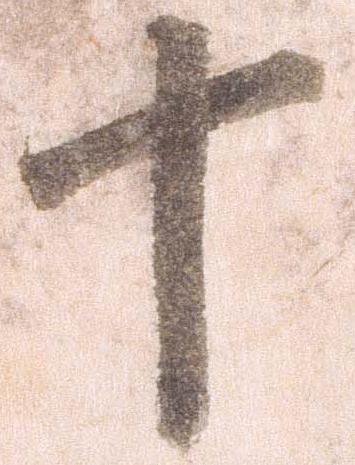
十